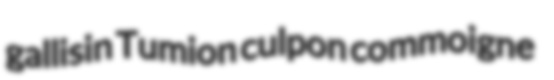
gallisin Tumion culpon commoigne